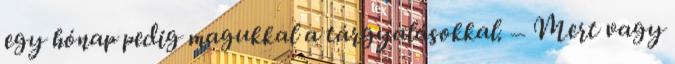
egy hónap pedig magukkal a tárgyalásokkal. – Mert vagy